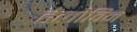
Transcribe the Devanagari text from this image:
हेलोविन